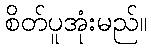
စိတ်ပူအုံးမည်။